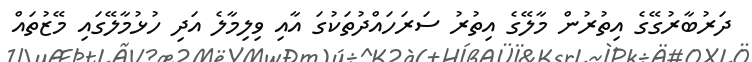
ދަރުބާރުގޭގެ އިތުރުން މާލޭގެ އިތުރު ސަރަހައްދުތަކުގަ އާއި ވިލިމާލެ އަދި ހުޅުމާލޭގައި މޭޒުތައް